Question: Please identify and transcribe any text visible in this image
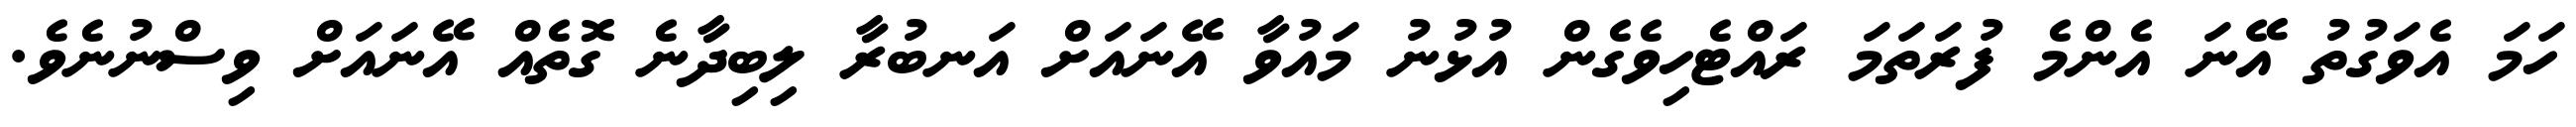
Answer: ހަމަ އެވަގުތު އޭނަ އެންމެ ފުރަތަމަ ރައްޓެހިވެގެން އުޅުނު މައުވާ އޭނައަށް އަނބުރާ ލިބިދާނެ ގޮތެއް އޭނައަށް ވިސްނުނެވެ.